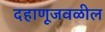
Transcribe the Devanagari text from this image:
दहाणूजवळील